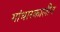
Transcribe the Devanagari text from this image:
गांधारकालीन